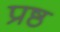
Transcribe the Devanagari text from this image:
प्रष्ठ